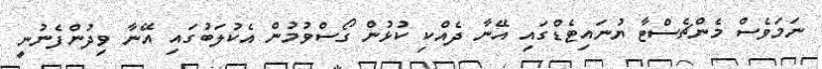
ނަމަވެސް މެންޗެސްޓާ ޔުނައިޓެޑްގައި އޭނާ ދެއްކި ކުޅުން ގޯސްވުމުން އެކުލަބުގައި އޭނާ ވިދުންފެނުނީ